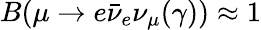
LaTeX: B(\mu\to e\bar{\nu}_{e}\nu_{\mu}(\gamma))\approx 1